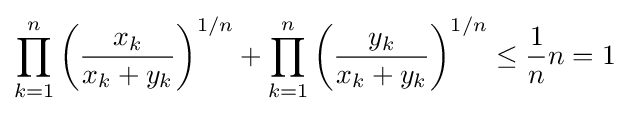
\prod _{k=1}^{n}\left({x_{k} \over x_{k}+y_{k}}\right)^{1/n}+\prod _{k=1}^{n}\left({y_{k} \over x_{k}+y_{k}}\right)^{1/n}\leq {1 \over n}n=1